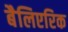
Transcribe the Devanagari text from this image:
बैलिएरिक